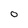
Character: O